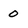
Character: 0